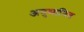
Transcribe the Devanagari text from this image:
अनुमानित